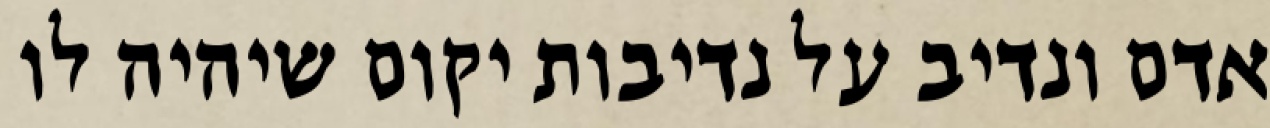
אדם ונדיב על נדיבות יקום שיהיה לו